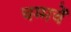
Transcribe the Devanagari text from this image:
चम्मचें